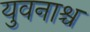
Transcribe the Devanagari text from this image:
युवनाश्च